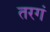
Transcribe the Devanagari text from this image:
तरगं